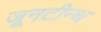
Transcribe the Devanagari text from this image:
जूनटीन्थ